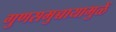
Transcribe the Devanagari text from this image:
गुणसमुच्चायामुळें